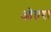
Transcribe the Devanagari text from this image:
ओतरा